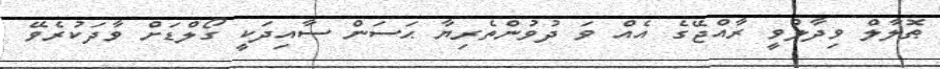
ޠޮލާލް ވިދާލުވީ ރާއްޖޭގެ އެއް ވަ ދުވުންތެރިޔާ ޙަސަން ސާއިދަކީ ގޯލްޑަށް ވާދަކުރެވޭ